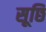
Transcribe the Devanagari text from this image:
सूछि